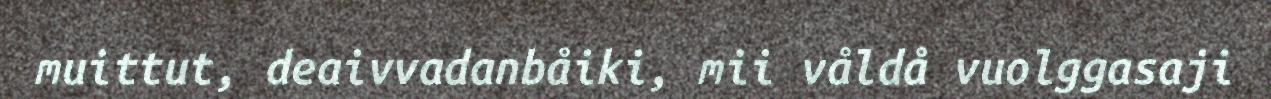
muittut, deaivvadanbåiki, mii våldå vuolggasaji